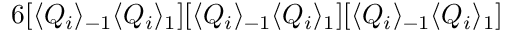
6 [ \langle Q _ { i } \rangle _ { - 1 } \langle Q _ { i } \rangle _ { 1 } ] [ \langle Q _ { i } \rangle _ { - 1 } \langle Q _ { i } \rangle _ { 1 } ] [ \langle Q _ { i } \rangle _ { - 1 } \langle Q _ { i } \rangle _ { 1 } ]